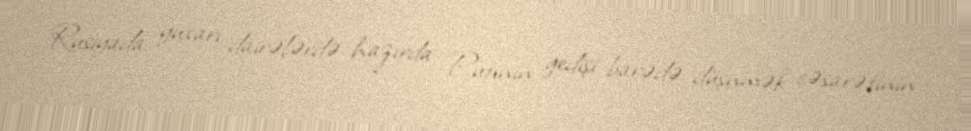
Rusiyada yuxarı dairələrdə hazırda Putinin gedişi barədə düşnmək cəsarətinin